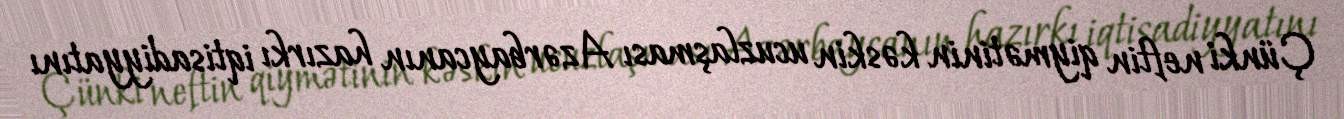
Çünki neftin qiymətinin kəskin ucuzlaşması Azərbaycanın hazırkı iqtisadiyyatını